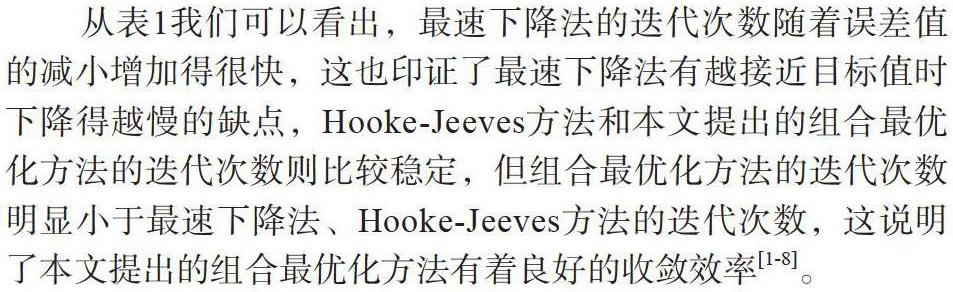
从表1我们可以看出，最速下降法的迭代次数随着误差值的减小增加得很快，这也印证了最速下降法有越接近目标值时下降得越慢的缺点，Hooke-Jeeves方法和本文提出的组合最优化方法的迭代次数则比较稳定，但组合最优化方法的迭代次数明显小于最速下降法、Hooke-Jeeves方法的迭代次数，这说明了本文提出的组合最优化方法有着良好的收敛效率$^{[1-8]}$。